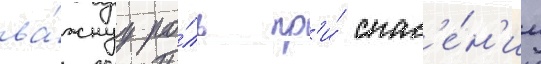
ва́жнуу ро́ль пр'и́ спас'е́н'ии